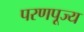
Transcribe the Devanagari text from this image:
परणपूज्य